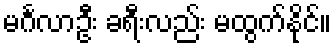
မင်္ဂလာဦး ခရီးလည်း မထွက်နိုင်။